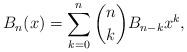
LaTeX: \begin{align*}B_n (x) = \sum_{k = 0}^n {\binom nk B_{n - k} x^{k} },\end{align*}